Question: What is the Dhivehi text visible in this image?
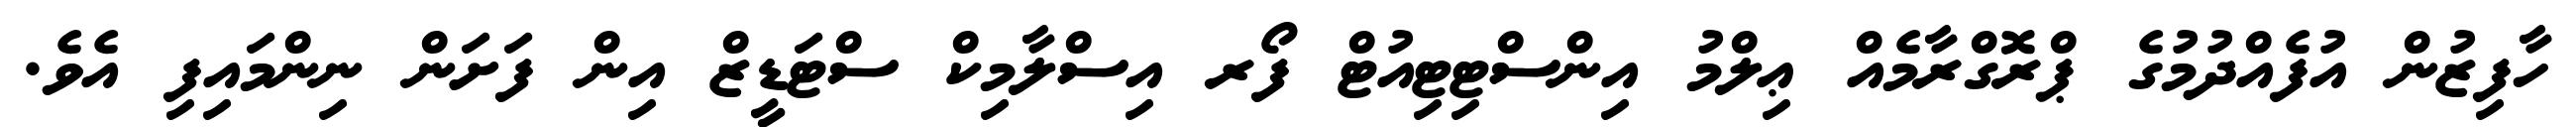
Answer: ހާފިޒުން އުފެއްދުމުގެ ޕްރޮގްރާމެއް ޢިލްމު އިންސްޓިޓިއުޓް ފޯރ އިސްލާމިކް ސްޓަޑީޒް އިން ފަށަން ނިންމައިފި އެވެ.